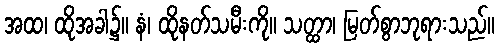
အထ၊ ထိုအခါ၌။ နံ၊ ထိုနတ်သမီးကို။ သတ္ထာ၊ မြတ်စွာဘုရားသည်။